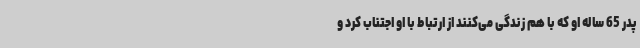
پدر 65 ساله او که با هم زندگی می‌کنند از ارتباط با او اجتناب کرد و